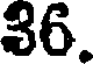
36.